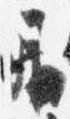
居